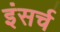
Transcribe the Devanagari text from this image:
इंसर्च